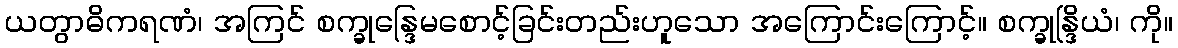
ယတွာဓိကရဏံ၊ အကြင် စက္ခုန္ဒြေမစောင့်ခြင်းတည်းဟူသော အကြောင်းကြောင့်။ စက္ခုန္ဒြိယံ၊ ကို။